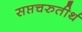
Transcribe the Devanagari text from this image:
सप्तचरुतीर्थ